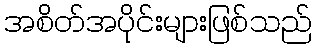
အစိတ်အပိုင်းများဖြစ်သည်